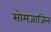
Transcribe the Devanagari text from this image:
सोमजाजिन्